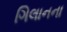
ગિલાનના